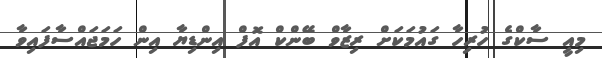
މިއީ ސާކްގެ ހުރިހާ ގައުމަކަށް ރިޒާވް ބޭންކް އޮފް އިންޑިޔާ އިން ހަމަޖައްސާފައިވާ